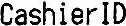
CASHIER ID